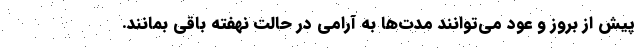
پیش از بروز و عود می‌توانند مدت‌ها به آرامی در حالت نهفته باقی بمانند.